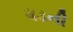
ધડની